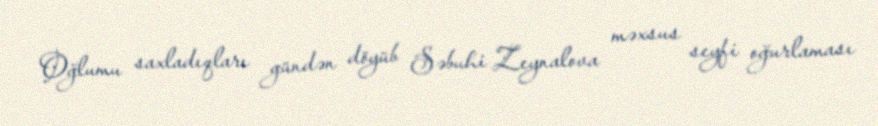
Oğlumu saxladıqları gündən döyüb Səbuhi Zeynalova məxsus seyfi oğurlaması